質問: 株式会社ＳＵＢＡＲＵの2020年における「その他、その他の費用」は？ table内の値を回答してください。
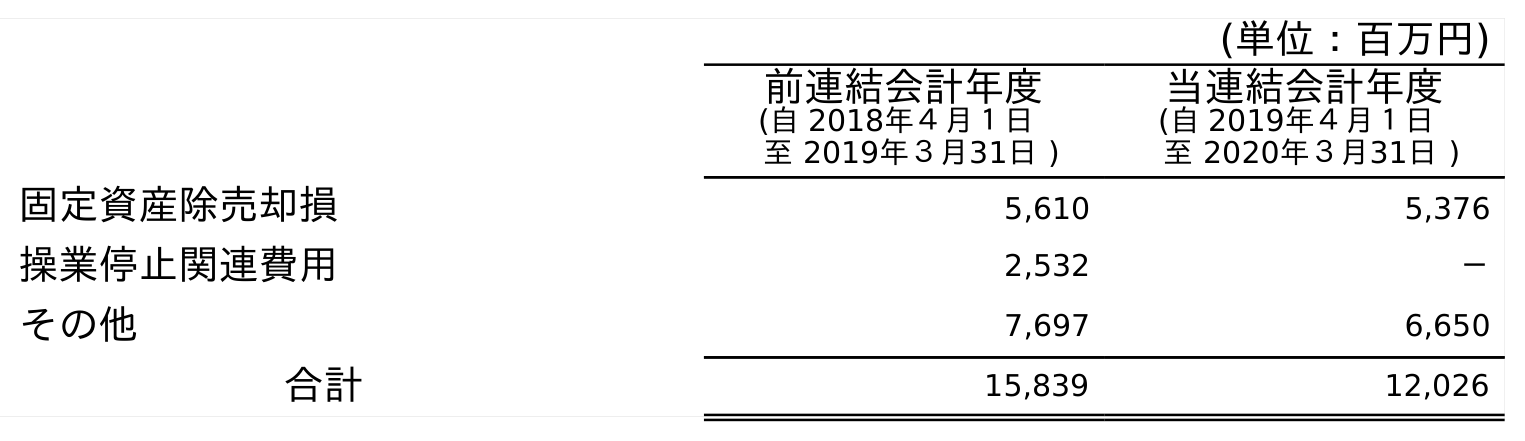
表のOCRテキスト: (単位：百万円) 前連結会計年度 (自 2018年４月１日 至 2019年３月31日 ) 当連結会計年度 (自 2019年４月１日 至 2020年３月31日 ) 固定資産除売却損 5,610 5,376 操業停止関連費用 2,532 － その他 7,697 6,650 合計 15,839 12,026
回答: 6,650